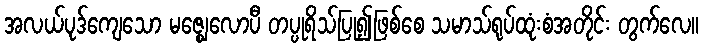
အလယ်ပုဒ်ကျေသော မဇ္ဈေလောပီ တပ္ပုရိသ်ပြု၍ဖြစ်စေ သမာသ်ရုပ်ထုံးစံအတိုင်း တွက်လေ။